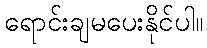
ရောင်းချမပေးနိုင်ပါ။